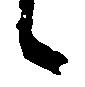
候